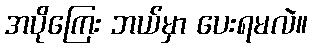
အပိုကြေး ဘယ်မှာ ပေးရမလဲ။